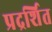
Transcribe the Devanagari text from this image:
प्रद्रर्शित